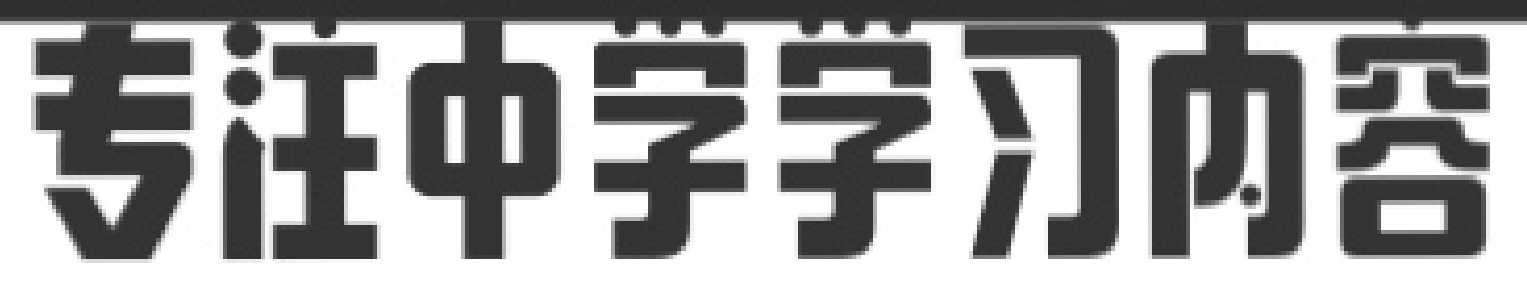
专注中学学习内容